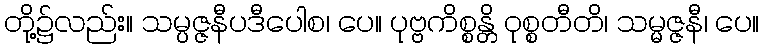
တို့၌လည်း။ သမ္ပဇ္ဇနီပဒီပေါစ၊ ပေ။ ပုဗ္ဗကိစ္စန္တိ ဝုစ္စတီတိ၊ သမ္မဇ္ဇနီ၊ ပေ။